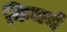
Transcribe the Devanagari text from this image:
किमर्थ